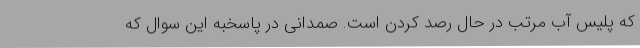
که پلیس آب مرتب در حال رصد کردن است. صمدانی در پاسخبه این سوال که